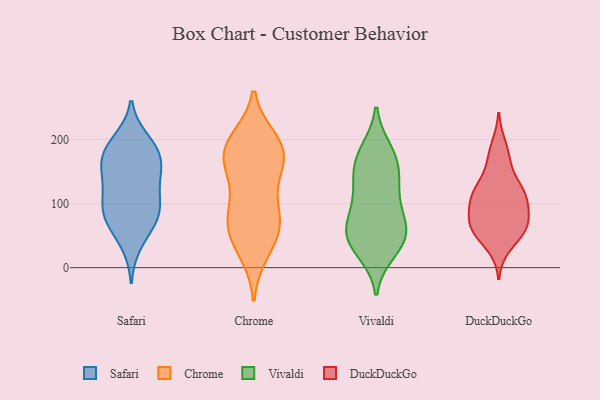
{"axis": {"x": "Temperature (°C)", "y": "Value"}, "legend": ["Chrome", "DuckDuckGo", "Safari", "Vivaldi"], "data": [{"x": "", "y": 199, "type": "Safari"}, {"x": "", "y": 92, "type": "Safari"}, {"x": "", "y": 194, "type": "Safari"}, {"x": "", "y": 80, "type": "Safari"}, {"x": "", "y": 37, "type": "Safari"}, {"x": "", "y": 140, "type": "Safari"}, {"x": "", "y": 179, "type": "Safari"}, {"x": "", "y": 145, "type": "Safari"}, {"x": "", "y": 173, "type": "Safari"}, {"x": "", "y": 119, "type": "Safari"}, {"x": "", "y": 65, "type": "Safari"}, {"x": "", "y": 80, "type": "Safari"}, {"x": "", "y": 173, "type": "Safari"}, {"x": "", "y": 112, "type": "Safari"}, {"x": "", "y": 158, "type": "Safari"}, {"x": "", "y": 85, "type": "Safari"}, {"x": "", "y": 158, "type": "Chrome"}, {"x": "", "y": 61, "type": "Chrome"}, {"x": "", "y": 119, "type": "Chrome"}, {"x": "", "y": 24, "type": "Chrome"}, {"x": "", "y": 146, "type": "Chrome"}, {"x": "", "y": 34, "type": "Chrome"}, {"x": "", "y": 65, "type": "Chrome"}, {"x": "", "y": 81, "type": "Chrome"}, {"x": "", "y": 174, "type": "Chrome"}, {"x": "", "y": 178, "type": "Chrome"}, {"x": "", "y": 200, "type": "Chrome"}, {"x": "", "y": 194, "type": "Chrome"}, {"x": "", "y": 82, "type": "Chrome"}, {"x": "", "y": 193, "type": "Chrome"}, {"x": "", "y": 178, "type": "Chrome"}, {"x": "", "y": 71, "type": "Chrome"}, {"x": "", "y": 25, "type": "Vivaldi"}, {"x": "", "y": 109, "type": "Vivaldi"}, {"x": "", "y": 30, "type": "Vivaldi"}, {"x": "", "y": 54, "type": "Vivaldi"}, {"x": "", "y": 45, "type": "Vivaldi"}, {"x": "", "y": 183, "type": "Vivaldi"}, {"x": "", "y": 55, "type": "Vivaldi"}, {"x": "", "y": 180, "type": "Vivaldi"}, {"x": "", "y": 52, "type": "Vivaldi"}, {"x": "", "y": 83, "type": "Vivaldi"}, {"x": "", "y": 136, "type": "Vivaldi"}, {"x": "", "y": 60, "type": "Vivaldi"}, {"x": "", "y": 153, "type": "Vivaldi"}, {"x": "", "y": 139, "type": "Vivaldi"}, {"x": "", "y": 168, "type": "Vivaldi"}, {"x": "", "y": 97, "type": "Vivaldi"}, {"x": "", "y": 60, "type": "DuckDuckGo"}, {"x": "", "y": 190, "type": "DuckDuckGo"}, {"x": "", "y": 55, "type": "DuckDuckGo"}, {"x": "", "y": 92, "type": "DuckDuckGo"}, {"x": "", "y": 59, "type": "DuckDuckGo"}, {"x": "", "y": 61, "type": "DuckDuckGo"}, {"x": "", "y": 118, "type": "DuckDuckGo"}, {"x": "", "y": 173, "type": "DuckDuckGo"}, {"x": "", "y": 121, "type": "DuckDuckGo"}, {"x": "", "y": 76, "type": "DuckDuckGo"}, {"x": "", "y": 111, "type": "DuckDuckGo"}, {"x": "", "y": 109, "type": "DuckDuckGo"}, {"x": "", "y": 66, "type": "DuckDuckGo"}, {"x": "", "y": 34, "type": "DuckDuckGo"}, {"x": "", "y": 77, "type": "DuckDuckGo"}, {"x": "", "y": 121, "type": "DuckDuckGo"}, {"x": "", "y": 162, "type": "DuckDuckGo"}, {"x": "", "y": 116, "type": "DuckDuckGo"}]}